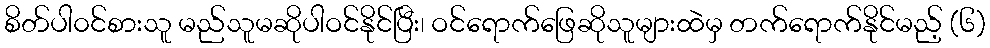
စိတ်ပါ၀င်စားသူ မည်သူမဆိုပါဝင်နိုင်ပြီး၊ ဝင်ရောက်ဖြေဆိုသူများထဲမှ တက်ရောက်နိုင်မည့် (၆)